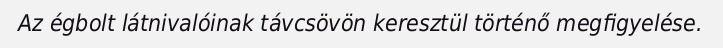
Az égbolt látnivalóinak távcsövön keresztül történő megfigyelése.